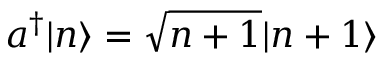
a ^ { \dagger } | n \rangle = { \sqrt { n + 1 } } | n + 1 \rangle